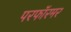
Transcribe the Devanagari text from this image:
परफॉरमर